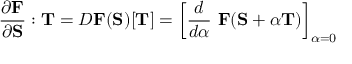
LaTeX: { \frac { \partial \mathbf { F } } { \partial \mathbf { S } } } : \mathbf { T } = D \mathbf { F } ( \mathbf { S } ) [ \mathbf { T } ] = \left[ { \frac { d } { d \alpha } } ~ \mathbf { F } ( \mathbf { S } + \alpha \mathbf { T } ) \right] _ { \alpha = 0 }